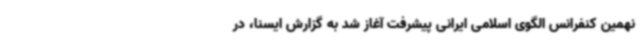
نهمین کنفرانس الگوی اسلامی ایرانی پیشرفت آغاز شد به گزارش ایسنا، در